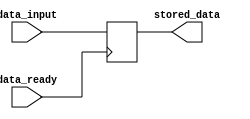
module data_buffer(
    input wire [7:0] data_input,
    input wire data_ready,
    output reg [7:0] stored_data
);

always @(posedge data_ready)
begin
    stored_data <= data_input;
end

endmodule